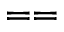
= =